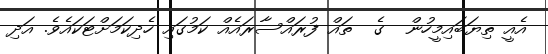
އެއީ ތިޔަބައިމީހުން  ގެ  ތައް ފުރައްސާރައެއް ކަމުގައި ހެދިކަމަށްޓަކައެވެ. އަދި